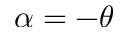
\alpha = - \theta